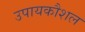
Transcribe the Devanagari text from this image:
उपायकौशल